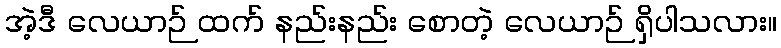
အဲ့ဒီ လေယာဉ် ထက် နည်းနည်း စောတဲ့ လေယာဉ် ရှိပါသလား။